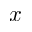
x